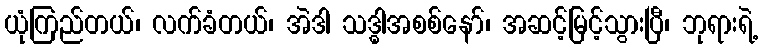
ယုံကြည်တယ်၊ လက်ခံတယ်၊ အဲဒါ သဒ္ဓါအစစ်နော်၊ အဆင့်မြင့်သွားပြီ၊ ဘုရားရဲ့